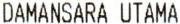
DAMANSARA UTAMA